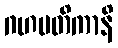
ဂဟပတိကာနိ